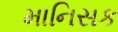
માનિસક